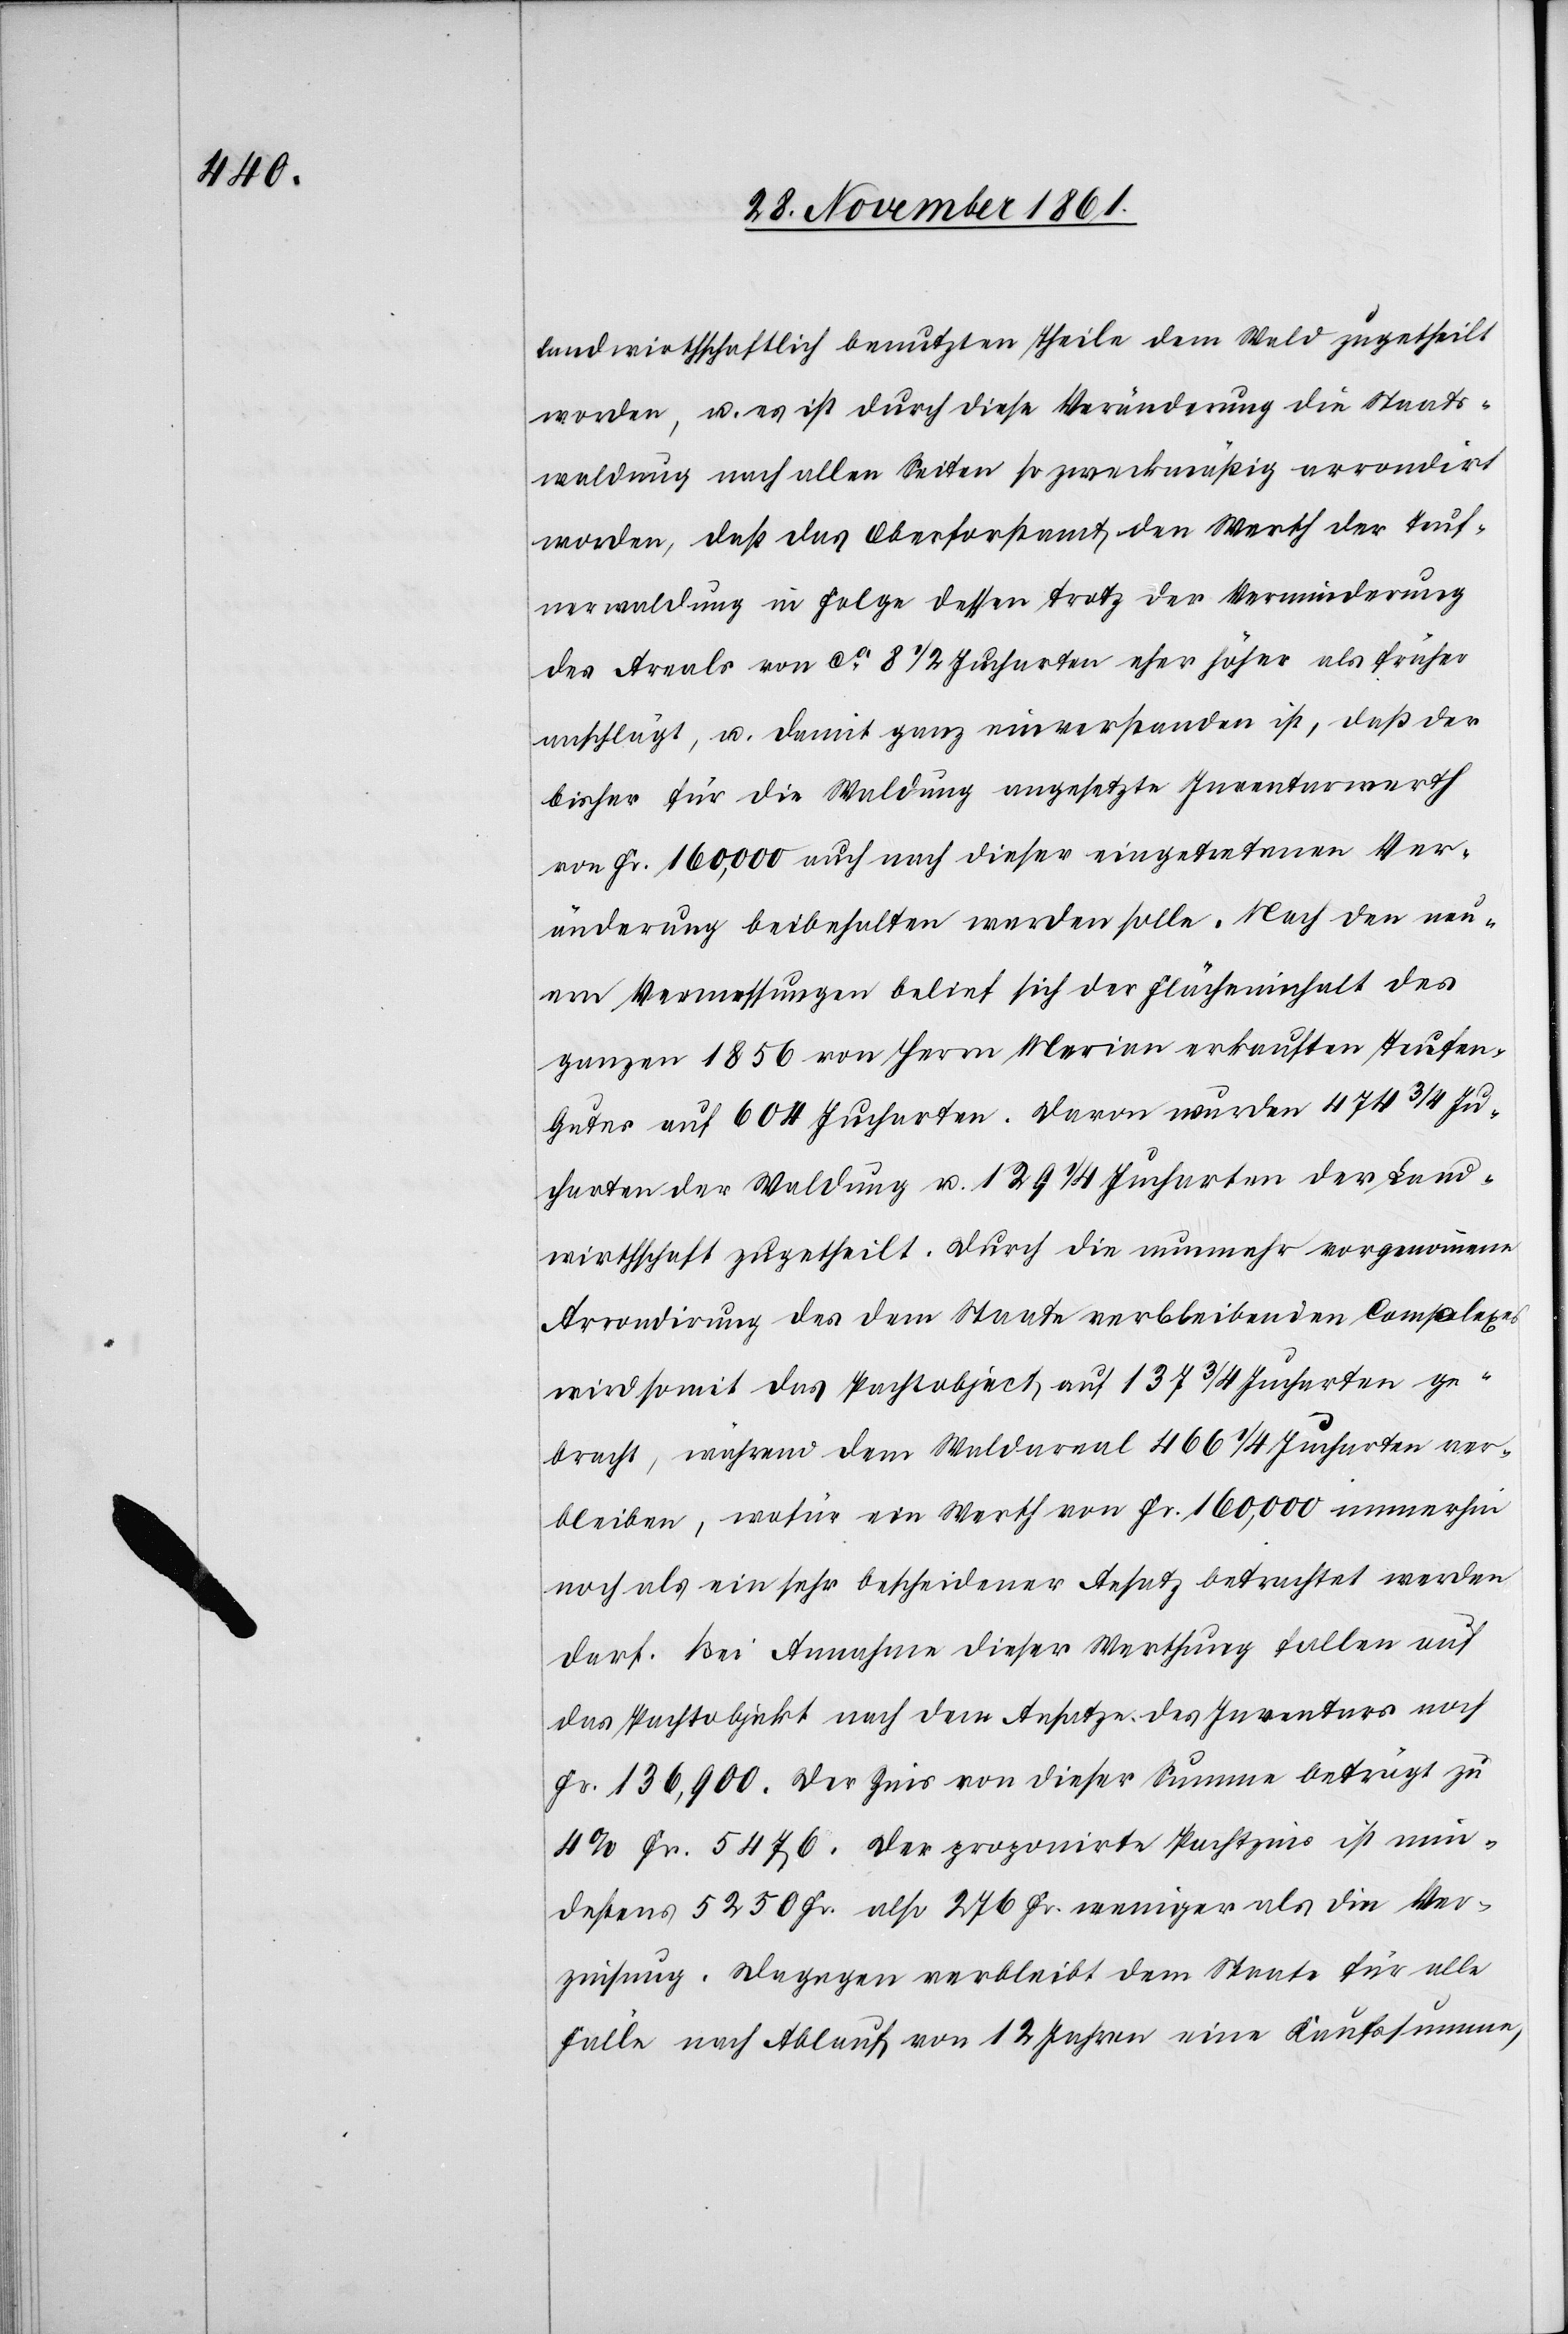
landwirthschaftlich benutzten Theile dem Wald zugetheilt
worden, u. es ist durch diese Veränderung die Staats¬
waldung nach allen Seiten so zweckmäßig verändert
worden, daß das Oberforstamt den Werth der Teufe¬
nerwaldung in Folge dessen trotz der Verminderung
des Areals von ca 8 1/2 Jucharten eher höher als früher
anschlägt, u. damit ganz einverstanden ist, daß der
bisher für die Waldung angesetzte Inventarwerth
von Fr. 160,000 auch nach dieser eingetretenen Ver¬
änderung beibehalten werden solle. Nach den neu¬
en Vermessungen belief sich der Flächeninhalt des
ganzen 1856 von Herrn Merian erkauften Teufen-G¬
utes auf 604 Jucharten. Davon wurden 474 3/4 Ju¬
charten der Waldung u. 129 1/4 Jucharten der Land¬
wirthschaft zugetheilt. Durch die nunmehr vorgenomme
Arrondirung des dem Staate verbleibenden Complexes
wird somit das Pachtobject auf 137 3/4 Jucharten ge¬
bracht, während dem Waldareal 466 1/4 Jucharten ver¬
bleiben, wofür ein Werth von Fr. 160,000 immerhin
noch als ein sehr bescheidener Ansatz betrachtet werden
darf. Bei Annahme dieser Werthung fallen auf
das Pachtobject nach dem Ansatze des Inventars noch
Fr. 136,900. Der Zins von dieser Summe beträgt zu
4% Fr. 5476. Der proponirte Pachtzins ist min¬
destens 5250 Fr. also 276 Fr. weniger als die Ver¬
zinsung. Dagegen verbleibt dem Staate für alle
Fälle nach Ablauf von 12 Jahren eine Kaufssumme,